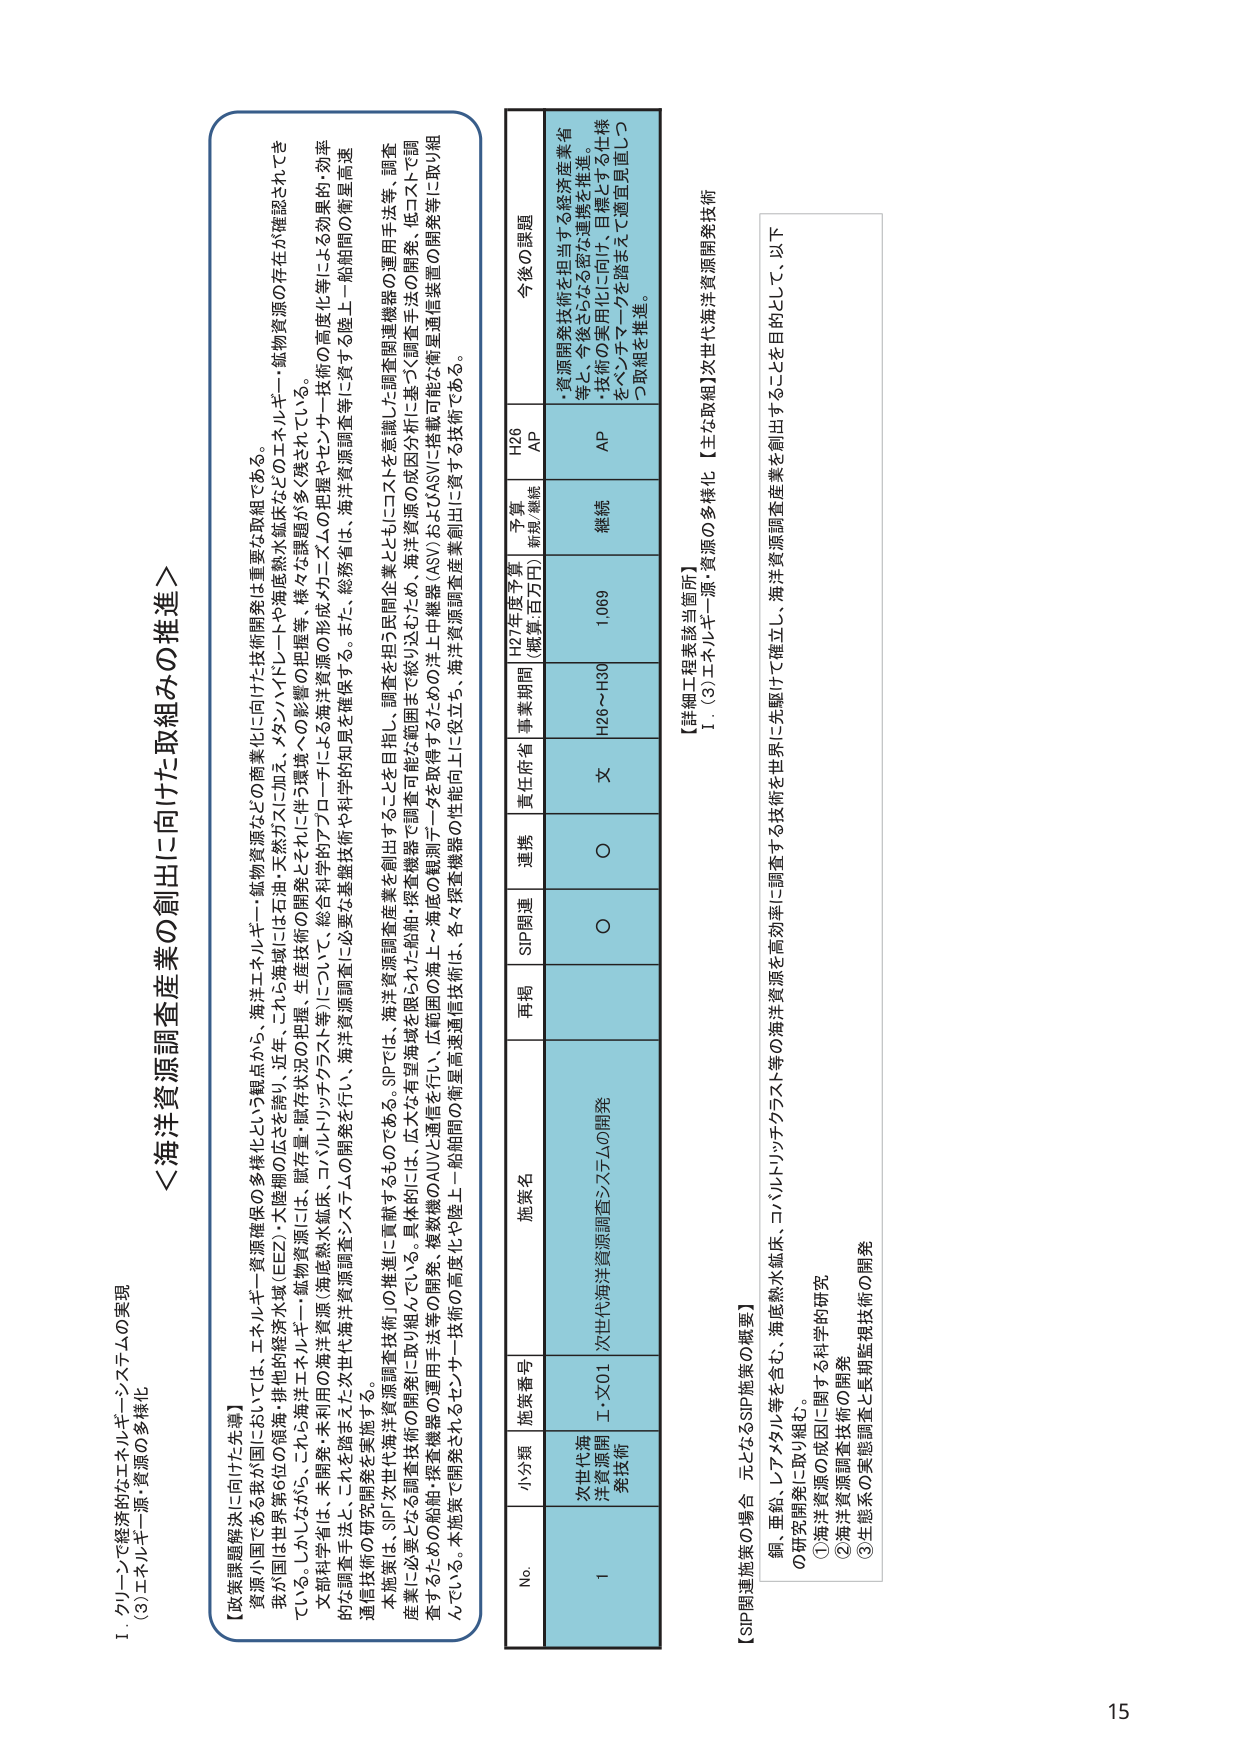
Ⅰ．グリーンで経済的なエネルギー・システムの実現
（3）エネルギー源・資源の多様化

＜海洋資源調査産業の創出に向けた取組みの推進＞

【政策課題解決に向けた先導】
資源大国である我が国においては、エネルギー資源確保の多様化という観点から、海洋エネルギー・鉱物資源などへの商業化に向けた技術開発は重要な取組である。
我が国は世界第6位の領海・排他的経済水域（EEZ）・大陸棚の広さを誇り、近年、これら海域には石油・天然ガスに加え、メタンハイドレートや海底熱水鉱床などのエネルギー・鉱物資源の存在が確認されてきている。しかしながら、これら海洋エネルギー・鉱物資源には、賦存量・賦存状況の把握、生産技術の開発とそれに伴う環境への影響の把握等、様々な課題が多々残されている。
文部科学省は、未開発・未利用の海洋資源（海底熱水鉱床、コバルトリッチクラスト等）について、総合科学的アプローチによる海洋資源の形成・メカニズムの把握やセンサー技術の高度化等による効果的・効率的な調査手法と、これを踏まえた次世代海洋資源調査システムの開発を行い、海洋資源調査に必要な基礎技術や科学的知見を確保する。また、総務省は、海洋資源調査等に資する陸上－船舶間の衛星高速通信技術の研究開発を実施する。
本施策は、SIP「次世代海洋資源調査技術」の推進に貢献するものである。SIPでは、海洋資源調査産業を創出することを目指し、調査を担う民間企業とともにコストを意識した調査関連機器の運用手法等、調査産業に必要となる調査技術の開発に取り組んでいる。具体的には、広大な有望海域を限られた船舶・探査機器で調査可能な範囲まで絞り込むため、海洋資源の成因分析に基づく調査手法の開発、低コストで調査するための船舶・探査機器の運用手法等の開発、複数機のAUVと通信を行い、広範囲の海底・複数機の観測データを取得するための洋上中継器（ASV）およびASVに搭載可能な衛星通信装置の開発等に取り組んでいる。本施策で開発されるセンサー技術の高度化や陸上－船舶間の衛星高速通信技術は、各々探査機器の性能向上に役立ち、海洋資源調査産業創出に資する技術である。

No. 小分類 施策番号 施策名 再掲 SIP関連 連携 責任府省 事業期間 H27年度予算 （概算:百万円） 予算 新規/継続 H26 AP 今後の課題
1 次世代海洋資源開発技術 I・X01 次世代海洋資源調査システムの開発 ○ ○ 文 H26～H30 1,069 継続 AP ・資源開発技術を担当する経済産業省等、今後さらなる密な連携を推進。 ・技術の実用化に向け、目標とする仕様をベンチマークを踏まえて適宜見直しつつ取組を推進。

【詳細工程表該当箇所】
Ⅰ．（3）エネルギー源・資源の多様化【主な取組】次世代海洋資源開発技術

【SIP関連施策の場合 元となるSIP施策の概要】
銅、亜鉛、レアメタル等を含む、海底熱水鉱床、コバルトリッチクラスト等の海洋資源を高効率に調査する技術を世界に先駆けて確立し、海洋資源調査産業を創出することを目的として、以下の研究開発に取り組む。
①海洋資源の成因に関する科学的研究
②海洋資源調査技術の開発
③生態系の実態調査と長期監視技術の開発

15